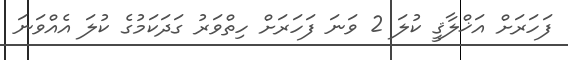
ފަހަރަށް އަޚްލާޤީ ކުލަ 2 ވަނަ ފަހަރަށް ހިތްވަރު ގަދަކަމުގެ ކުލަ އެއްވަނަ